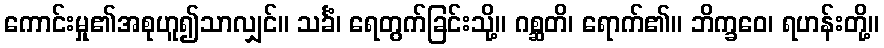
ကောင်းမှု၏အစုဟူ၍သာလျှင်။ သင်္ခံ၊ ရေတွက်ခြင်းသို့။ ဂစ္ဆတိ၊ ရောက်၏။ ဘိက္ခဝေ၊ ရဟန်းတို့။